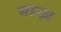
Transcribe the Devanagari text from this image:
मान्ध्र